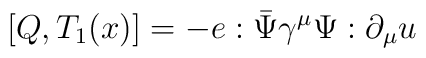
[Q,T_1(x)] = -e:\bar{\Psi} \gamma^\mu \Psi: \partial_\mu u